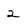
Character: 2